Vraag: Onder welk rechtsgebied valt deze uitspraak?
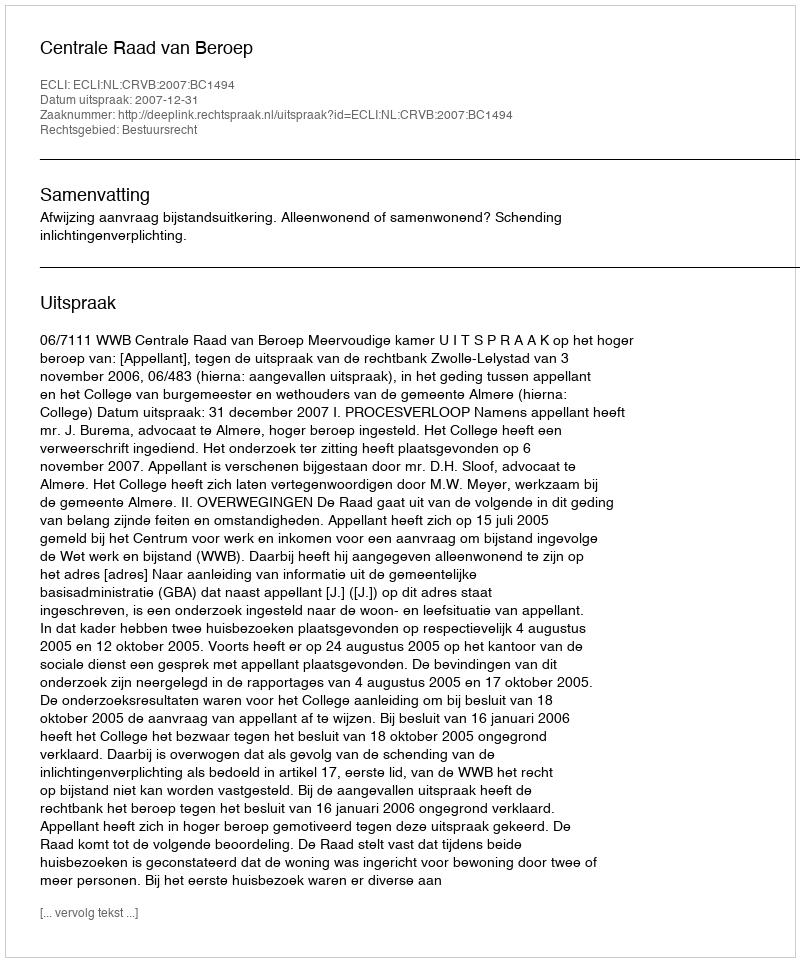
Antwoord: Bestuursrecht